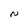
Character: N